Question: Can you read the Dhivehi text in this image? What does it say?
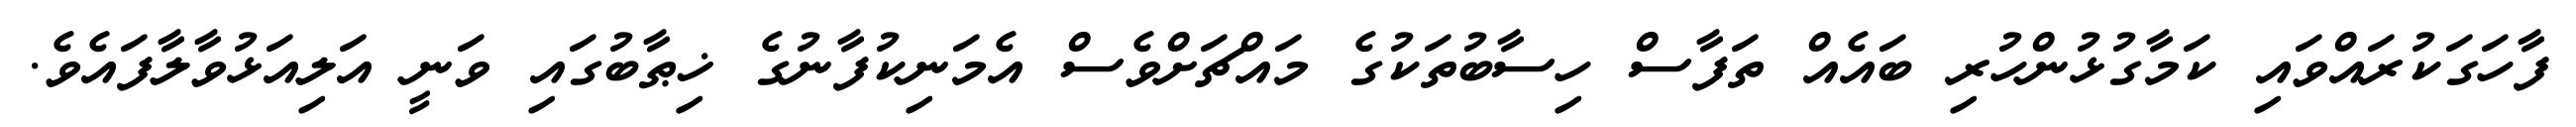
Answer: ފާހަގަކުރައްވައި ކަމާގުޅުންހުރި ބައެއް ތަފާސް ހިސާބުތަކުގެ މައްޗަށްވެސް އެމަނިކުފާނުގެ ޚިޠާބުގައި ވަނީ އަލިއަޅުވާލާފައެވެ.